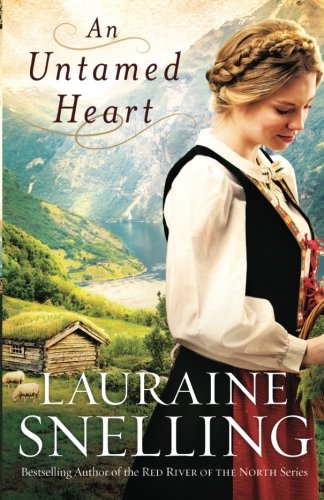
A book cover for An Untamed Heart; Lauraine Snelling; Literature & Fiction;